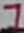
Text: 7